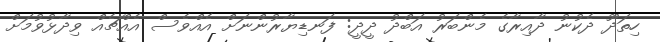
ހިތަދޫ ދެކުނު ދާއިރާގެ މެންބަރު އަބްދު ދީދީ: ފަނޑިޔާރުންނަށް އެއްވެސް އެއްޗެއް ވިދާޅުވުމަށް